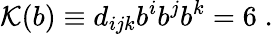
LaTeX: {\cal{K}}(b)\equiv d_{ijk}b^{i}b^{j}b^{k}=6\; .